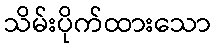
သိမ်းပိုက်ထားသော